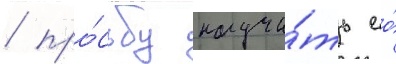
/ про́сьбу научи́ть ео́